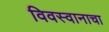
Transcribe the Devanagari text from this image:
विवस्वानाचा